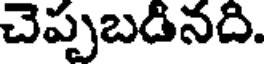
చెప్పబడినది.